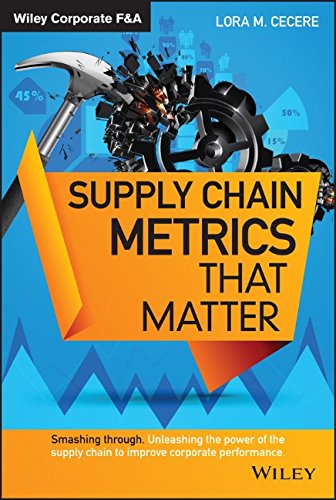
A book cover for Supply Chain Metrics that Matter (Wiley Corporate F&A); Lora M. Cecere; Business & Money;